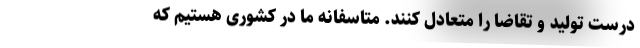
درست تولید و تقاضا را متعادل کنند. متاسفانه ما در کشوری هستیم که